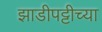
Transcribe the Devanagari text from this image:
झाडीपट्टीच्या